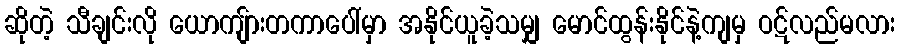
ဆိုတဲ့ သီချင်းလို ယောကျ်ားတကာပေါ်မှာ အနိုင်ယူခဲ့သမျှ မောင်ထွန်းနိုင်နဲ့ကျမှ ဝဋ်လည်မလား